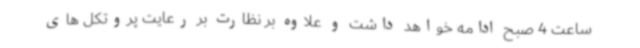
ساعت 4 صبح ادامه خواهد داشت و علاوه بر نظارت بر رعایت پروتکل های